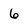
Character: 6